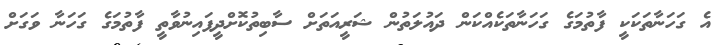
އެ ގަހަނާތަކަކީ ފާތުމަގެ ގަހަނާތަކެއްކަން ދައުލަތުން ޝަރީއަތަށް ސާބިތުކޮށްދީފައިނުވާތީ ފާތުމަގެ ގަހަނާ ވަގަށް